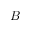
\boldsymbol { B }